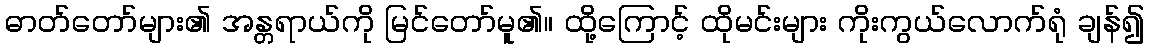
ဓာတ်တော်များ၏ အန္တရာယ်ကို မြင်တော်မူ၏။ ထို့ကြောင့် ထိုမင်းများ ကိုးကွယ်လောက်ရုံ ချန်၍